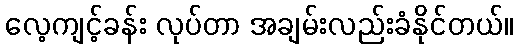
လေ့ကျင့်ခန်း လုပ်တာ အချမ်းလည်းခံနိုင်တယ်။